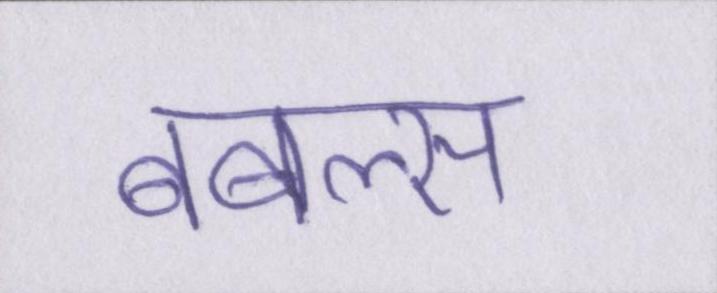
बबल्स